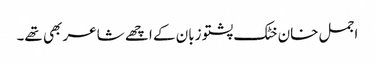
اجمل خان خٹک پشتو زبان کے اچھے شاعر بھی تھے۔